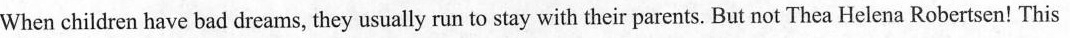
When children have bad dreams, they usually run to stay with their parents. But not Thea Helena Robertsen! This